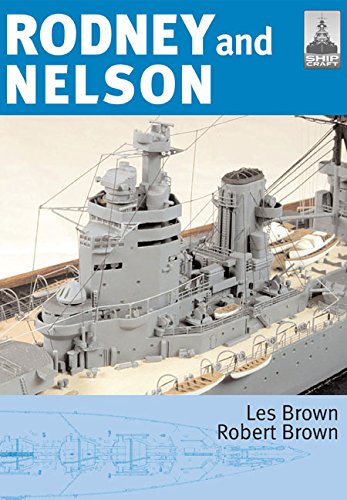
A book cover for ShipCraft 23: Rodney and Nelson; Les Brown; Crafts, Hobbies & Home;